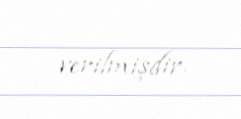
verilmişdir.